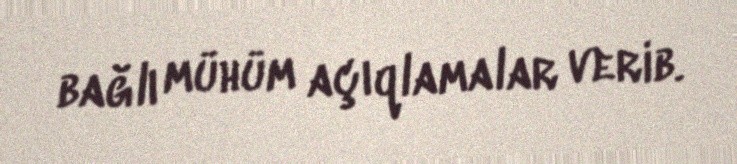
bağlı mühüm açıqlamalar verib.